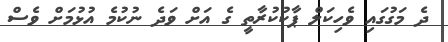
ދެ މަގުގައި ވެހިކަލް ޕާކުކުރާތީ ގެ އަށް ވަދެ ނުކުމެ އުޅުމަށް ވެސް